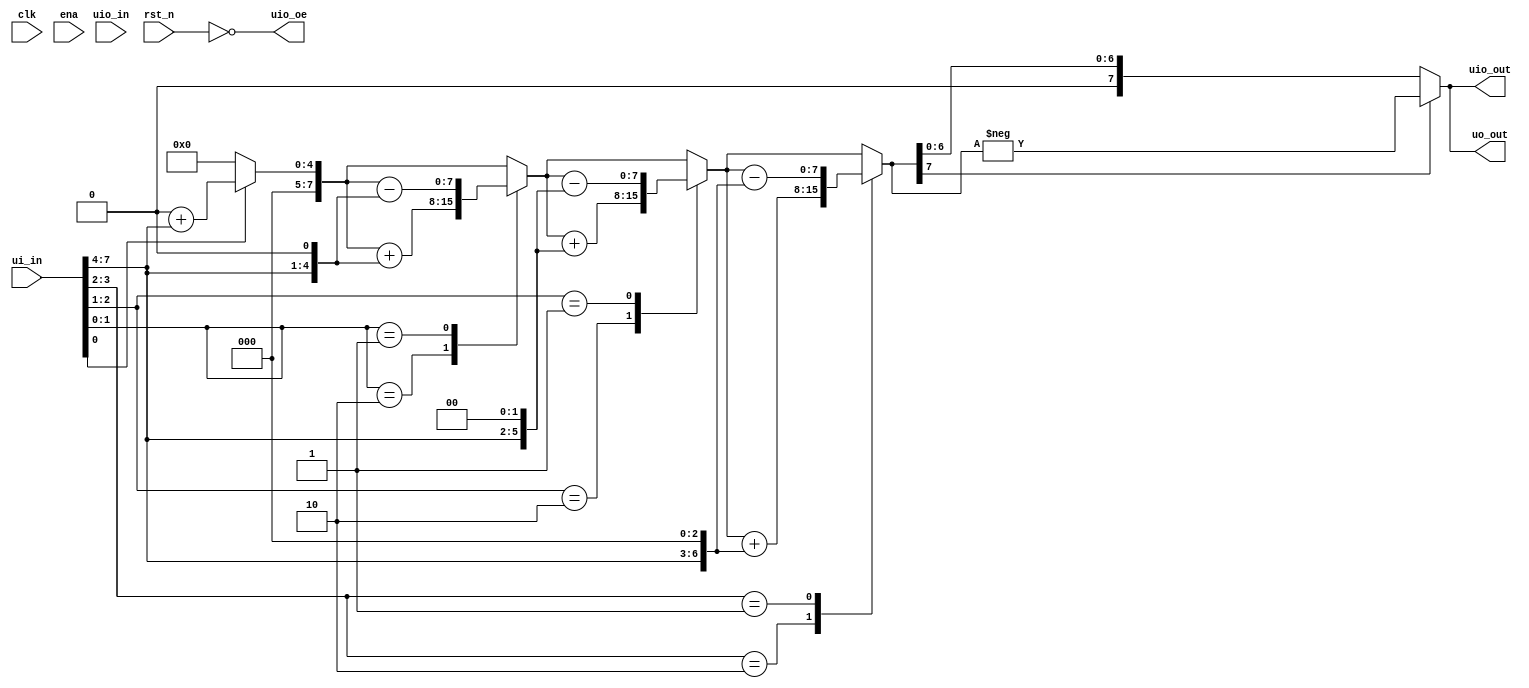
module tt_um_BoothMulti_hhrb98(
  input  wire [7:0] ui_in,     // Dedicated inputs
  output wire [7:0] uo_out,    // Dedicated outputs
  input  wire [7:0] uio_in,    // IOs: Input path
  output wire [7:0] uio_out,   // IOs: Output path
  output wire [7:0] uio_oe,    // IOs: Enable path (active high: 0=input, 1=output)
  input wire        clk,
  input  wire       ena,       // will go high when the design is enabled
  input  wire       rst_n      // reset_n - low to reset
);

  // Inputs wire
  wire [3:0] X, Y;

  // Output wire
  reg [7:0] Z;

  // Assigning values to output wires
  assign uio_out = Z;
  assign uio_oe = ~rst_n;

  // Extracting bits from input
  assign X = ui_in[3:0];
  assign Y = ui_in[7:4];

  reg [7:0] Z1;
  reg [3:0] temp;
  integer i;
  reg E1;

  always @ (X, Y)
  begin
    Z1 = 8'd0;
    E1 = 1'b0;
    for (i = 0; i < 4; i = i + 1)
    begin
      temp = {X[i], E1};
      case (temp)
        2'b10: Z1 = Z1 + (Y << i); // Shifting Y by i positions
        2'b01: Z1 = Z1 - (Y << i); // Shifting Y by i positions
        default: Z1 = Z1; // Added default case to avoid latches
      endcase
      E1 = X[i];
    end
    if (Z1[7] == 1'b1) // If the result is negative
      Z = -Z1; // Take the absolute value of the negative result
    else
      Z = Z1;
  end

  assign uo_out = Z;

endmodule